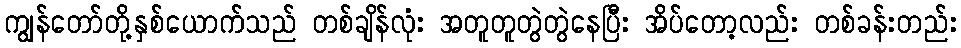
ကျွန်တော်တို့နှစ်ယောက်သည် တစ်ချိန်လုံး အတူတူတွဲတွဲနေပြီး အိပ်တော့လည်း တစ်ခန်းတည်း